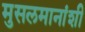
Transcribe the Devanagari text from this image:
मुसलमानांशी